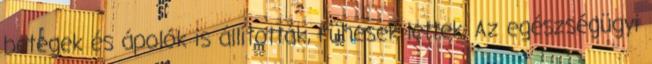
betegek és ápolók is állították, rühesek lettek. Az egészségügyi